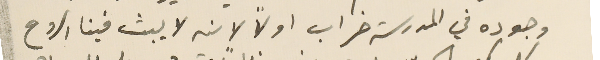
وجوده في المدرسة خراب اولاً لانه لا يبث فينا الروح